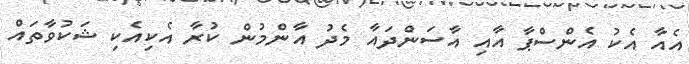
އެއާ އެކު އެންސްޕާ އާއި އާސަންދައާ މެދު އާންމުން ކުރާ އެކިއެކި ޝަކުވާތައް